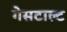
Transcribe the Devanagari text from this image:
गेसटाल्ट